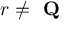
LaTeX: r \neq { \textbf { Q } }